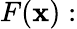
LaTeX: F(\mathbf{x}):